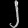
Digit: ၂